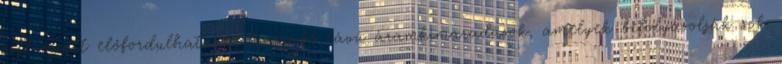
szél miatt előfordulhatnak, hosszabb távú áramkimaradások, amelyek befolyásolják sok